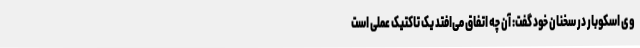
وی اسکوبار در سخنان خود گفت: آن چه اتفاق می‌افتد یک تاکتیک عملی است